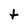
Character: t